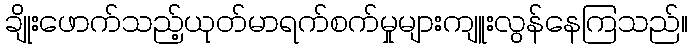
ချိုးဖောက်သည့်ယုတ်မာရက်စက်မှုများကျူးလွန်နေကြသည်။